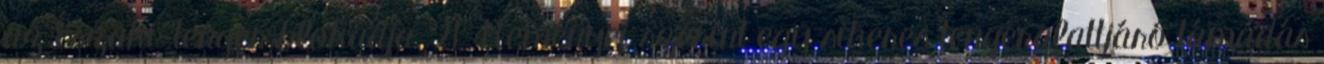
az Északi-tenger blokádja. 21 Reményei szerint egy sikeres tengeralattjáró támadás